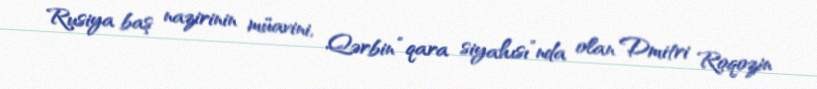
Rusiya baş nazirinin müavini, Qərbin “qara siyahısı”nda olan Dmitri Roqozin